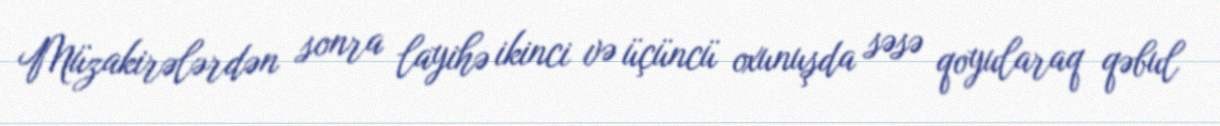
Müzakirələrdən sonra layihə ikinci və üçüncü oxunuşda səsə qoyularaq qəbul